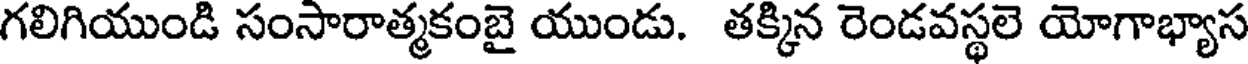
గలిగియుండి సంసారాత్మకంబై యుండు. తక్కిన రెండవస్థలె యోగాభ్యాస